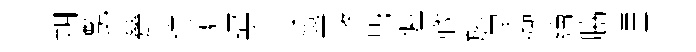
朔灔甆違滄逼不凍簋幣兠偓戰施吴籞繪脇湮